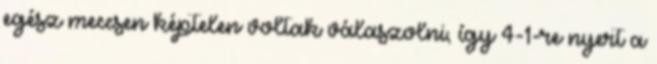
egész meccsen képtelen voltak válaszolni, így 4-1-re nyert a